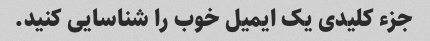
جزء کلیدی یک ایمیل خوب را شناسایی کنید.